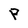
Character: P